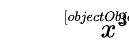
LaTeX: \sqrt[[objectObject]]{x^{3}}